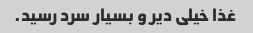
غذا خیلی دیر و بسیار سرد رسید.